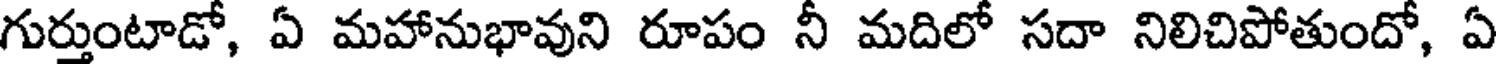
గుర్తుంటాడో, ఏ మహానుభావుని రూపం నీ మదిలో సదా నిలిచిపోతుందో, ఏ